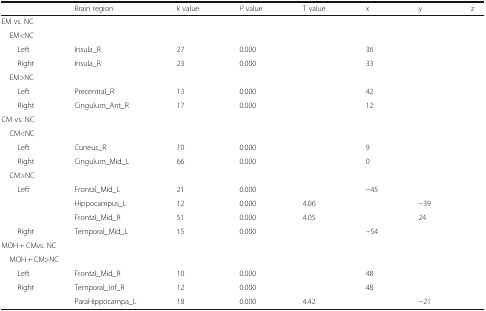
<table><thead><tr><td>[EMPTY_CELL]</td><td><b>Brain region</b></td><td><b>k value</b></td><td><b><i>P</i> value</b></td><td><b>T value</b></td><td><b>x</b></td><td><b>y</b></td><td><b>z</b></td></tr></thead><tbody><tr><td colspan="8">EM vs. NC</td></tr><tr><td colspan="8"> EM<nc></nc></td></tr><tr><td>Left</td><td>Insula_R</td><td>27</td><td>0.000</td><td>[EMPTY_CELL]</td><td>36</td><td>[EMPTY_CELL]</td><td>[EMPTY_CELL]</td></tr><tr><td>Right</td><td>Insula_R</td><td>23</td><td>0.000</td><td>[EMPTY_CELL]</td><td>33</td><td>[EMPTY_CELL]</td><td>[EMPTY_CELL]</td></tr><tr><td colspan="8"> EM&gt;NC</td></tr><tr><td>Left</td><td>Precentral_R</td><td>13</td><td>0.000</td><td>[EMPTY_CELL]</td><td>42</td><td>[EMPTY_CELL]</td><td>[EMPTY_CELL]</td></tr><tr><td>Right</td><td>Cingulum_Ant_R</td><td>17</td><td>0.000</td><td>[EMPTY_CELL]</td><td>12</td><td>[EMPTY_CELL]</td><td>[EMPTY_CELL]</td></tr><tr><td colspan="8">CM vs. NC</td></tr><tr><td colspan="8"> CM<nc></nc></td></tr><tr><td>Left</td><td>Cuneus_R</td><td>10</td><td>0.000</td><td>[EMPTY_CELL]</td><td>9</td><td>[EMPTY_CELL]</td><td>[EMPTY_CELL]</td></tr><tr><td>Right</td><td>Cingulum_Mid_L</td><td>66</td><td>0.000</td><td>[EMPTY_CELL]</td><td>0</td><td>[EMPTY_CELL]</td><td>[EMPTY_CELL]</td></tr><tr><td colspan="8"> CM&gt;NC</td></tr><tr><td rowspan="3">Left</td><td>Frontal_Mid_L</td><td>21</td><td>0.000</td><td>[EMPTY_CELL]</td><td>−45</td><td>[EMPTY_CELL]</td><td>[EMPTY_CELL]</td></tr><tr><td>Hippocampus_L</td><td>12</td><td>0.000</td><td>4.06</td><td>[EMPTY_CELL]</td><td>−39</td><td>[EMPTY_CELL]</td></tr><tr><td>Frontal_Mid_R</td><td>51</td><td>0.000</td><td>4.05</td><td>[EMPTY_CELL]</td><td>24</td><td>[EMPTY_CELL]</td></tr><tr><td>Right</td><td>Temporal_Mid_L</td><td>15</td><td>0.000</td><td>[EMPTY_CELL]</td><td>−54</td><td>[EMPTY_CELL]</td><td>[EMPTY_CELL]</td></tr><tr><td colspan="8">MOH + CMvs. NC</td></tr><tr><td colspan="8"> MOH + CM&gt;NC</td></tr><tr><td>Left</td><td>Frontal_Mid_R</td><td>10</td><td>0.000</td><td>[EMPTY_CELL]</td><td>48</td><td>[EMPTY_CELL]</td><td>[EMPTY_CELL]</td></tr><tr><td rowspan="2">Right</td><td>Temporal_inf_R</td><td>12</td><td>0.000</td><td>[EMPTY_CELL]</td><td>48</td><td>[EMPTY_CELL]</td><td>[EMPTY_CELL]</td></tr><tr><td>ParaHippocampa_L</td><td>18</td><td>0.000</td><td>4.42</td><td>[EMPTY_CELL]</td><td>−21</td><td>[EMPTY_CELL]</td></tr></tbody></table>